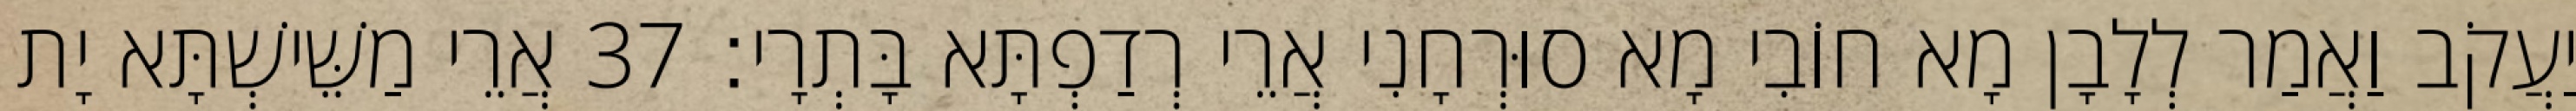
יַעֲקֹב וַאֲמַר לְלָבָן מָא חוֹבִי מָא סוּרְחָנִי אֲרֵי רְדַפְתָּא בָּתְרָי׃ 37 אֲרֵי מַשֵּׁישְׁתָּא יָת